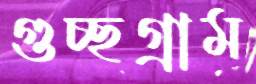
গুচ্ছগ্রাম